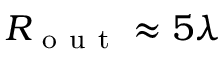
R _ { \mathrm { ~ o ~ u ~ t ~ } } \approx 5 \lambda